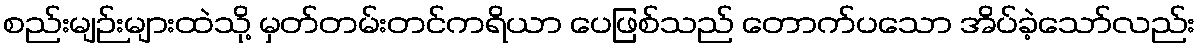
စည်းမျဉ်းများထဲသို့ မှတ်တမ်းတင်ကရိယာ ပေဖြစ်သည် တောက်ပသော အိပ်ခဲ့သော်လည်း